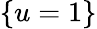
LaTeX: \{ u=1\}